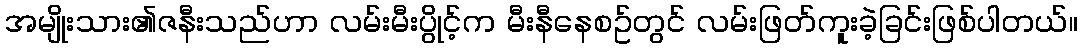
အမျိုးသား၏ဇနီးသည်ဟာ လမ်းမီးပွိုင့်က မီးနီနေစဥ်တွင် လမ်းဖြတ်ကူးခဲ့ခြင်းဖြစ်ပါတယ်။